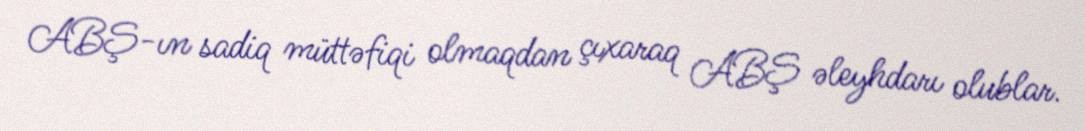
ABŞ-ın sadiq müttəfiqi olmaqdan çıxaraq ABŞ əleyhdarı olublar.